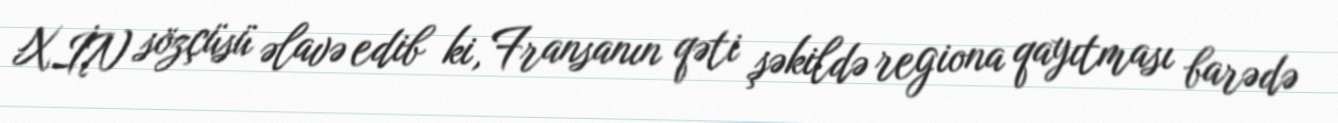
XİN sözçüsü əlavə edib ki, Fransanın qəti şəkildə regiona qayıtması barədə